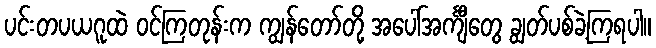
ပင်းတပယဂူထဲ ဝင်ကြတုန်းက ကျွန်တော်တို့ အပေါ်အင်္ကျီတွေ ချွတ်ပစ်ခဲ့ကြရပါ။